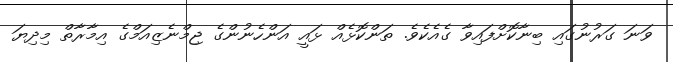
ވަނަ ގަރުނުގައި ބިނާކޮށްފައިވާ ގެއެކެވެ. ތަންކޮޅެއް ޅައީ އަންހެނުންގެ ޖިމްނެޒިއަމްގެ އިމާރާތް މިދިޔަ